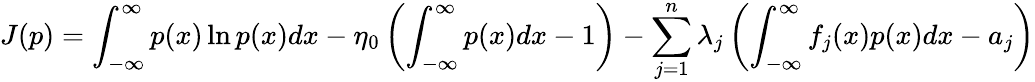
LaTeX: J(p)=\int_{-\infty}^{\infty}p(x)\ln{p(x)}dx-\eta_{0}\left(\int_{-\infty}^{\infty}p(x)dx-1\right)-\sum_{j=1}^{n}\lambda_{j}\left(\int_{-\infty}^{\infty}f_{j}(x)p(x)dx-a_{j}\right)